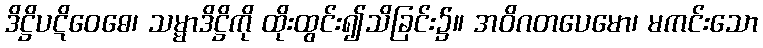
ဒိဋ္ဌိပဋိဝေဓေ၊ သမ္မာဒိဋ္ဌိကို ထိုးထွင်း၍သိခြင်း၌။ အဝိဂတပေမော၊ မကင်းသော